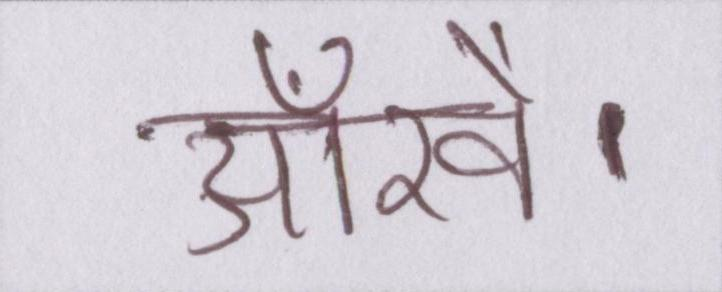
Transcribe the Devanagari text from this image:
आँखें।